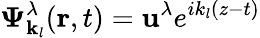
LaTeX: \boldsymbol{\Psi}_{\mathbf{k}_{l}}^{\lambda}(\mathbf{r},t)=\mathbf{u}^{\lambda}e^{ik_{l}(z-t)}